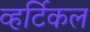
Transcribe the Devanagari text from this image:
व्हर्टिकल